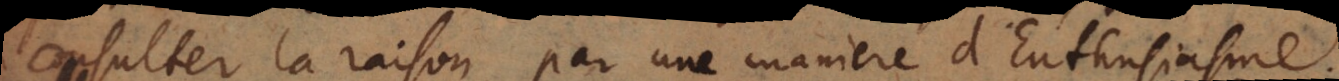
consulter la raison, par une manière d’Enth[o]usiasme.